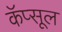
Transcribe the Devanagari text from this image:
कॅप्सूल